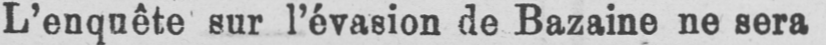
L’enquête sur l’évasion de Bazaine ne sera